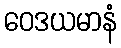
ဝေဒယမာနံ